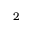
2